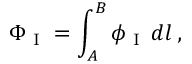
\Phi _ { \textup { I } } = \int _ { A } ^ { B } \phi _ { \textup { I } } \, d l \, ,